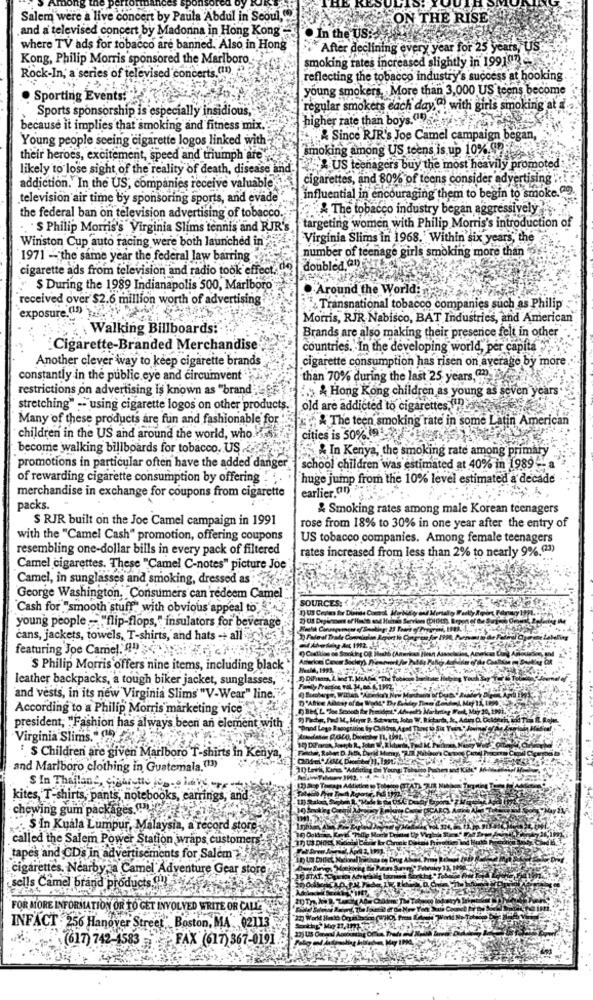
Salem were a live concert by Paula Abdul in Seoul,0
ON THE RISE
and a televised concert by Madonna in Hong Kong-
. In the US ..
where TV ads for tobacco are banned. Also in Hong
After declining every year for 25 years, US
Kong, Philip Morris sponsored the Marlboro
smoking rates increased slightly in 199107
Rock-In, a series of televised concerts ( !! ).
reflecting the tobacco industry's success at hooking
young smokers, More than 3,000 US teens become
Sporting Events!
Sports sponsorship is especially insidious,"
regular smokers each day") with girls smoking at a
higher rate than boys."
because it implies that smoking and fitness mix.
Young people seeing cigarette logos linked with -
Since RIR's Joe Camel campaign began,
smoking among US teens is up 10%.99:
their heroes, excitement, speed and triumph are
likely to lose sight of the reality of death, disease and.
RUS teenagers buy the most heavily promoted:
cigarettes, and 80% of teens consider advertising
addiction. In the US, companies receive valuable'
television air time by sponsoring sports, and evade
influential in encouraging them to begin to smoke.2.
& The tobacco industry began aggressively
the federal ban on television advertising of tobacco.
targeting women with Philip Morris's introduction of
. S Philip Morris's Virginia Slims tennis and RJR's
Winston Cup auto racing were both launched in
Virginia Shims in 1968. Within six years, the
number of teenage girls smoking more than
1971 - the same year the federal law barring
doubled, Can
cigarette ads from television and radio took effect. 04
$ During the 1989 Indianapolis 500, Marlboro
.Around the World:
received over $2.6 million worth of advertising
exposure (15) 2 5
Transnational tobacco companies such as Philip
Morris, RJR Nabisco, BAT Industries, and American
Walking Billboards:
Brands are also making their presence felt in other
Cigarette-Branded Merchandise
countries. In the developing world, per capita
Another clever way to keep cigarette brands
cigarette consumption has risen on average by more
constantly in the public eye and circumvent
than 70% during the last 25 years, (.
restrictions on advertising is known as "brand ;
5 & Hong Kong children as young as seven years
stretching" -- using cigarette logos on other products.
old are addicted to cigarettes,
Many of these products are fun and fashionable for
& The teen smoking rate in some Latin American
cities is 50% 91 2
children in the US and around the world, who.
become walking billboards for tobacco. US .
"In Kenya, the smoking rate among primary
promotions in particular often have the added danger
school children was estimated at 40% in 1989-
of rewarding cigarette consumption by offering
huge jump from the 10% level estimated a decade
merchandise in exchange for coupons from cigarette
earlier.(0)
packs.
& Smoking rates among male Korean teenagers
S RJR built on the Joe Camel campaign in 1991
rose from 18% to 30% in one year after the entry of
with the "Camel Cash" promotion, offering coupons
US tobacco companies. Among female teenagers
resembling one-dollar bills in every pack of filtered
rates increased from less than 2% to nearly 9%.(23)
Camel cigarettes. These "Camel C-notes" picture Joe
Camel, in sunglasses and smoking, dressed as
George Washington, Consumers can 'redeem Camel
SOURCES, WASTRE VA PP
Cash for "smooth stuff" with obvious appeal to-
1) US Croles for Distias Comot ., Mo
young people - "flip-flops," insulators for beverage
cans, jackets, towels, T-shirts, and hats -+ all
featuring Joe Camel. 41)
() Coalition os Smoking OR Hoch6 (Am
$ Philip Morris offers nine items, including black
leather backpacks, a tough biker jacket, sunglasses,
and vests, in its new Virginia Slims "V-Wear" line.
According to a Philip Morris marketing vice
president, "Fashion has always been an element with
Virginia Slims." 99
'S Children are given Marlboro T-shirts in Kenya,
and Marlboro clothing in Guatemala.(11)
S In Thailan, ciparcthe boss have -re
kites, T-shirts, pants, notebooks, earrings, and
chewing gum packages (!).
S In Kuala Lumpur, Malaysia, a record store
called the Salem Power Station wraps customers'
tapes and CDs in advertisements for Salem
cigarettes. Nearbyza Camel Adventure Gear store
sells Camel brand products ( !!
FOR MORE INFORMATION OR TO GET INVOLVED WRITE OR CALL-
INFACT - 256 Hanover Street " Boston, MA 02113
FAX (617) 367-0191.
(617) 742-4583